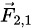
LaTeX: \scriptstyle{\vec{F}}_{2,1}